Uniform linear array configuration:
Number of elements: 48
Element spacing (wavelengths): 1
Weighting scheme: uniform
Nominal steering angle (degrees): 30
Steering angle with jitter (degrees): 29.162
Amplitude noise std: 0.05
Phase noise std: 0.05

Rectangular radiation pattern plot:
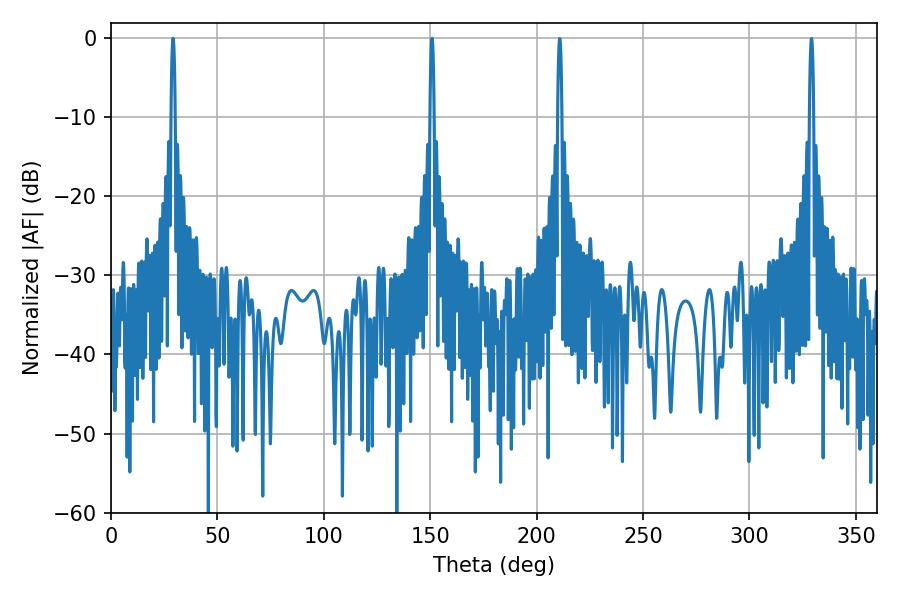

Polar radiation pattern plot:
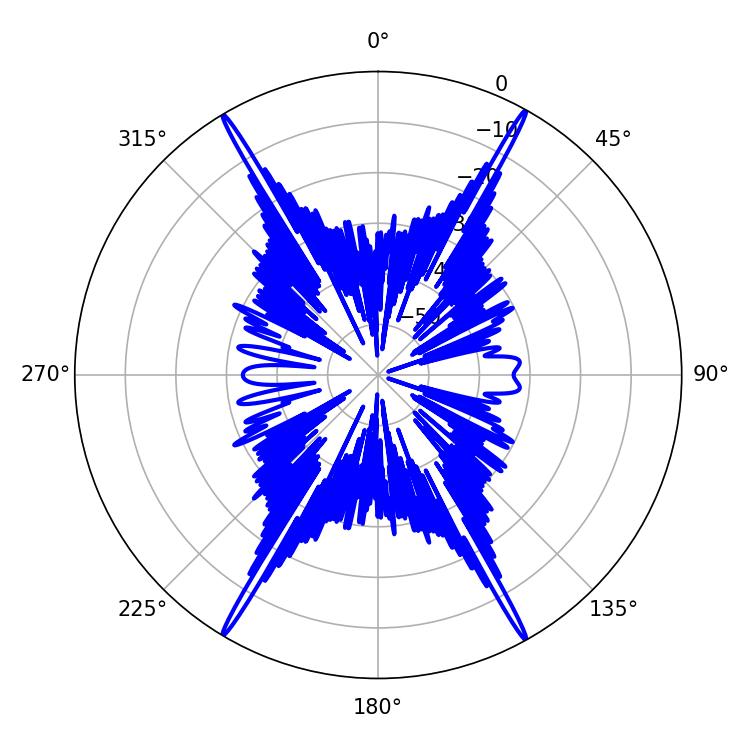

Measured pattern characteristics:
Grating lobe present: TRUE
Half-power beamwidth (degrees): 1.08
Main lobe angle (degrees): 29.16